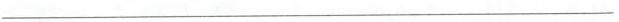
___